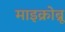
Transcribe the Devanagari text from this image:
माइक्रोब्रू